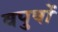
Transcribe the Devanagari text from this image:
वपुषों